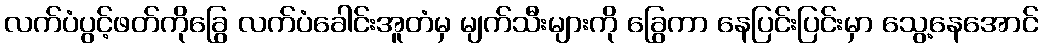
လက်ပံပွင့်ဖတ်ကိုခြွေ လက်ပံခေါင်းအူတံမှ မျက်သီးများကို ခြွေကာ နေပြင်းပြင်းမှာ သွေ့နေအောင်